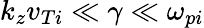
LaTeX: k_{z}v_{Ti}\ll\gamma\ll\omega_{pi}